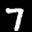
Label: 7